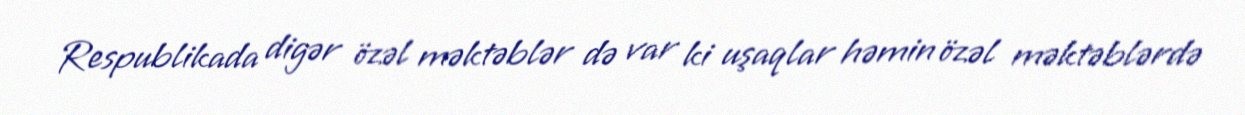
Respublikada digər özəl məktəblər də var ki uşaqlar həmin özəl məktəblərdə